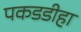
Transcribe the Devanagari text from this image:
पकडडीहा